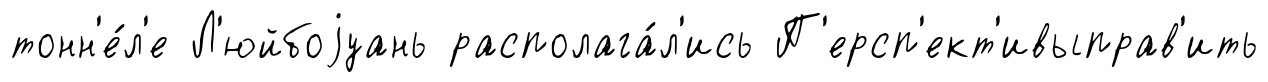
тонн'е́л'е Л'юйбоjуань располага́л'ись П'ерсп'ект'ивыправ'ить